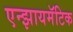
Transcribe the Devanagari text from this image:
एन्झायमॅटिक